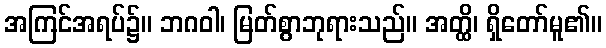
အကြင်အရပ်၌။ ဘဂဝါ၊ မြတ်စွာဘုရားသည်။ အတ္ထိ၊ ရှိတော်မူ၏။